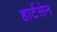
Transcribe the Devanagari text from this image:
हार्टसेन